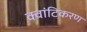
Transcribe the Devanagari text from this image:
क्वांटिकरण